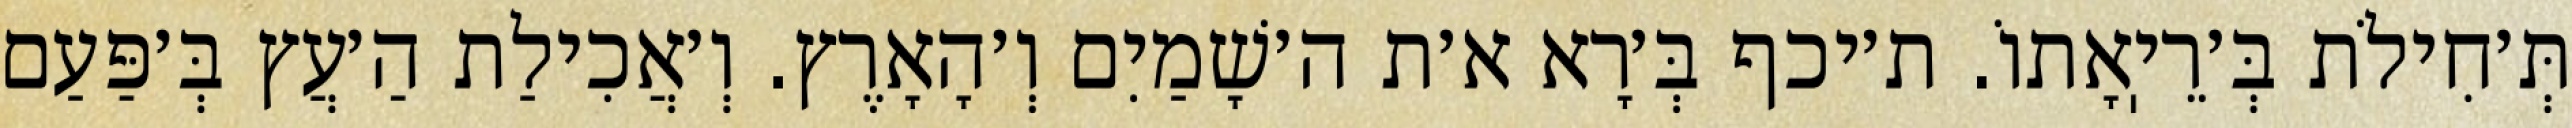
תְּ׳חִילֹת בְּ׳רֵיֽאָתוֹ. ת׳יכף בְּ׳רָא א׳ת ה׳שָׁמַיִם וְ׳הָאָרֶץ. וְ׳אֲכִילַת הַ׳עֲץ בְּ׳פַּעַם